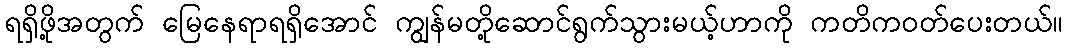
ရရှိဖို့အတွက် မြေနေရာရရှိအောင် ကျွန်မတို့ဆောင်ရွက်သွားမယ့်ဟာကို ကတိကဝတ်ပေးတယ်။